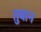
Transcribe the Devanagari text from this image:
तुबान